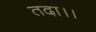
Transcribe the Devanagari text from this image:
तदा।।